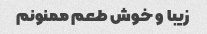
زیبا و خوش طعم ممنونم